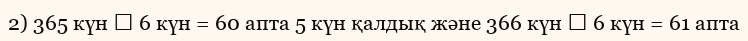
2) 365 күн  6 күн = 60 апта 5 күн қалдық және 366 күн  6 күн = 61 апта